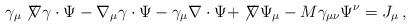
LaTeX: \begin{align*} \gamma_\mu \not\! \nabla \gamma\cdot \Psi - \nabla_\mu \gamma\cdot \Psi - \gamma_\mu \nabla \cdot \Psi + \not\! \nabla \Psi_\mu - M \gamma_{\mu\nu} \Psi^\nu = J_\mu\,,\end{align*}